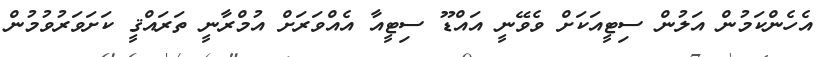
އެހެންކަމުން އަލުން ސިޓީއަކަށް ވެވޭނީ އައްޑޫ ސިޓީއާ އެއްވަރަށް އުމްރާނީ ތަރައްޤީ ކަށަވަރުވުމުން